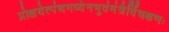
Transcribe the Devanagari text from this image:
प्रोक्षयेत्पंचगव्येनभुवंमंत्रैर्विचक्षणः